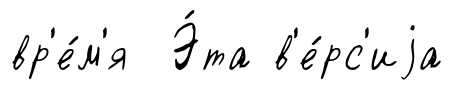
вр'е́м'я Э́та в'е́рс'иjа